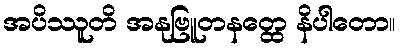
အပိဿူတိ အနုဗြူတနတ္ထေ နိပါတော။